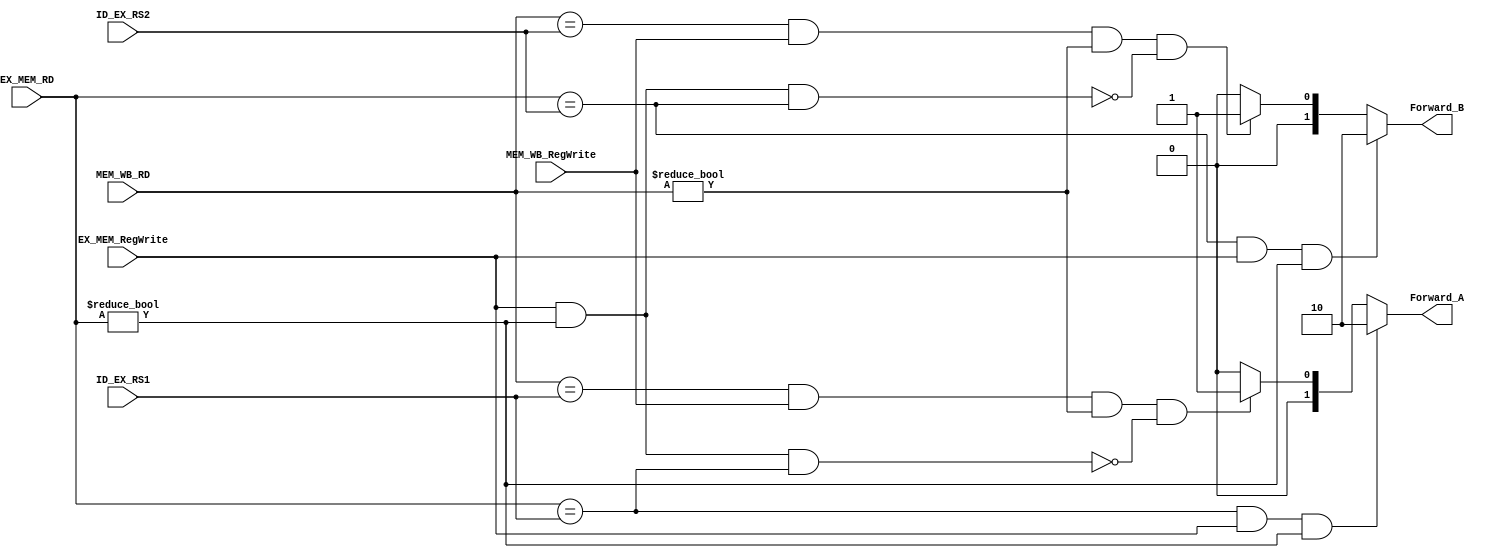
`timescale 1ns / 1ps

module Forwarding_Unit(ID_EX_RS1, ID_EX_RS2, EX_MEM_RD, EX_MEM_RegWrite, MEM_WB_RD, MEM_WB_RegWrite, Forward_A, Forward_B);

input [4:0] ID_EX_RS1, ID_EX_RS2, EX_MEM_RD, MEM_WB_RD;
input EX_MEM_RegWrite, MEM_WB_RegWrite;
output reg [1:0] Forward_A, Forward_B;

always @(*)
begin

// Forward A

//1a. EX/MEM.RegisterRd == ID/EX.RegisterRs1
if ((EX_MEM_RD == ID_EX_RS1) && (EX_MEM_RegWrite == 1) && (EX_MEM_RD != 0))
    Forward_A = 2'b10;
    
//2a. MEM/WB.RegisterRd == ID/EX.RegisterRs1
else if ((MEM_WB_RD == ID_EX_RS1) && (MEM_WB_RegWrite == 1) && (MEM_WB_RD != 0) && !(EX_MEM_RegWrite == 1 && EX_MEM_RD != 0 && EX_MEM_RD == ID_EX_RS1))
    Forward_A = 2'b01;
    
else
    Forward_A = 2'b00;

// Forward B

//1b. EX/MEM.RegisterRd == ID/EX.RegisterRs2
if ((EX_MEM_RD == ID_EX_RS2) && (EX_MEM_RegWrite == 1) && (EX_MEM_RD != 0))
    Forward_B = 2'b10;
    
//2b. MEM/WB.RegisterRd == ID/EX.RegisterRs2
else if ((MEM_WB_RD == ID_EX_RS2) && (MEM_WB_RegWrite == 1) && (MEM_WB_RD != 0) && !(EX_MEM_RegWrite == 1 && EX_MEM_RD != 0 && EX_MEM_RD == ID_EX_RS2))
    Forward_B = 2'b01;
    
else
    Forward_B = 2'b00;
end

endmodule